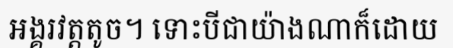
អង្គរវត្តតូច។ ទោះបីជាយ៉ាងណាក៏ដោយ